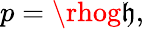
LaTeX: p=\rhog\mathfrak{h},